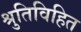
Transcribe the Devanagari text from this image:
श्रुतिविहित